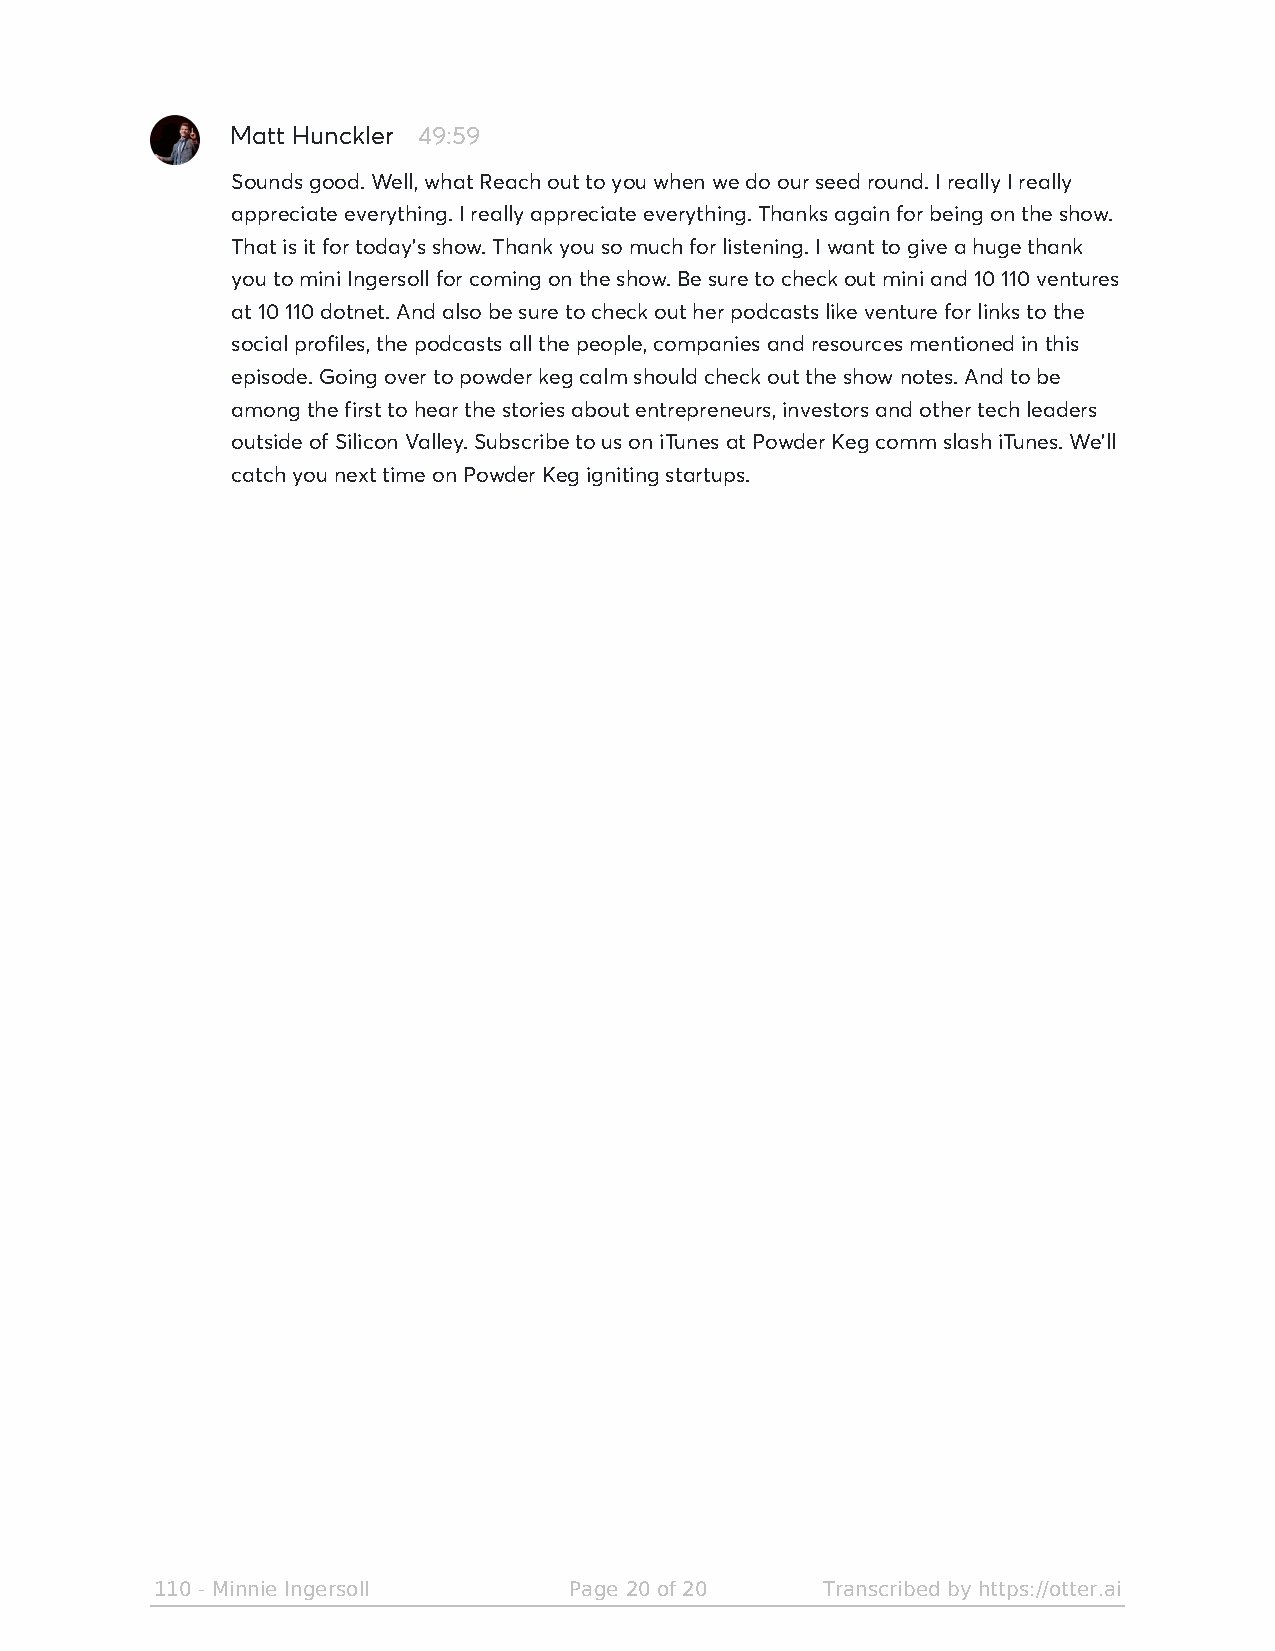
Matt Hunckler 49:59
 Sounds good. Well, what Reach out to you when we do our seed round. I really I really
 appreciate everything. I really appreciate everything. Thanks again for being on the show.
 That is it for today's show. Thank you so much for listening. I want to give a huge thank
 you to mini Ingersoll for coming on the show. Be sure to check out mini and 10 110 ventures
 at 10 110 dotnet. And also be sure to check out her podcasts like venture for links to the
 social profiles, the podcasts all the people, companies and resources mentioned in this
 episode. Going over to powder keg calm should check out the show notes. And to be
 among the first to hear the stories about entrepreneurs, investors and other tech leaders
 outside of Silicon Valley. Subscribe to us on iTunes at Powder Keg comm slash iTunes. We'll
 catch you next time on Powder Keg igniting startups.
 110 - Minnie Ingersoll      Page 20 of 20   Transcribed by https://otter.ai